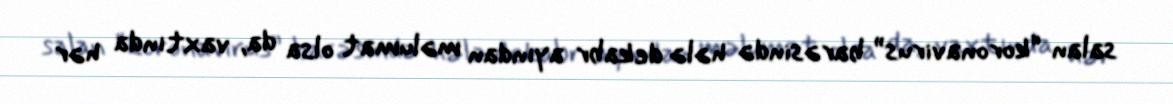
salan “koronavirus” barəsində hələ dekabr ayından məlumat olsa da, vaxtında hər